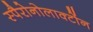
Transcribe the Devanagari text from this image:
स्पैरोनोलाक्टोंन